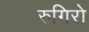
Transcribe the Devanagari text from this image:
रुगिरो